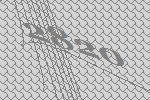
2820